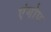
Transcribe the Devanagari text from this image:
एंगोप